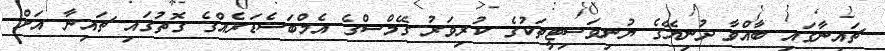
ޗައިނާގައި ބާއްވާ ދުނިޔޭގެ ޔުނިވަސިޓީތަކުގެ ކުރިވަރު ގޭމްސްގެ އެމްބަސެޑަރެއްގެ ގޮތުގައި ޗައިނާ އަށް